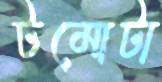
টমোটা